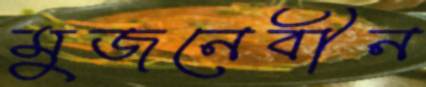
মুজনেবীন